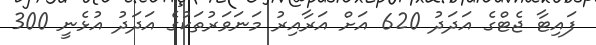
ފައިޓާ ޖެޓްގެ އަދަދު 620 އަށް އަރާއިރު މަނަވަރުތަކުގެ އަދަދު އުޅެނީ 300